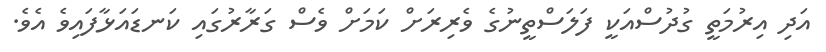
އަދި އިރުމަތީ ގުދުސްއަކީ ފަލަސްތީނުގެ ވެރިރަށް ކަމަށް ވެސް ގަރާރުގައި ކަނޑައަޅާފައިވެ އެވެ.